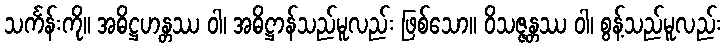
သင်္ကန်းကို။ အဓိဋ္ဌဟန္တဿ ဝါ၊ အဓိဋ္ဌာန်သည်မူလည်း ဖြစ်သော။ ဝိသဇ္ဇန္တဿ ဝါ၊ စွန့်သည်မူလည်း